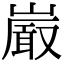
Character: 𭗕